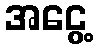
အငွေ့